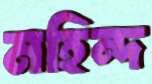
মহিন্দ